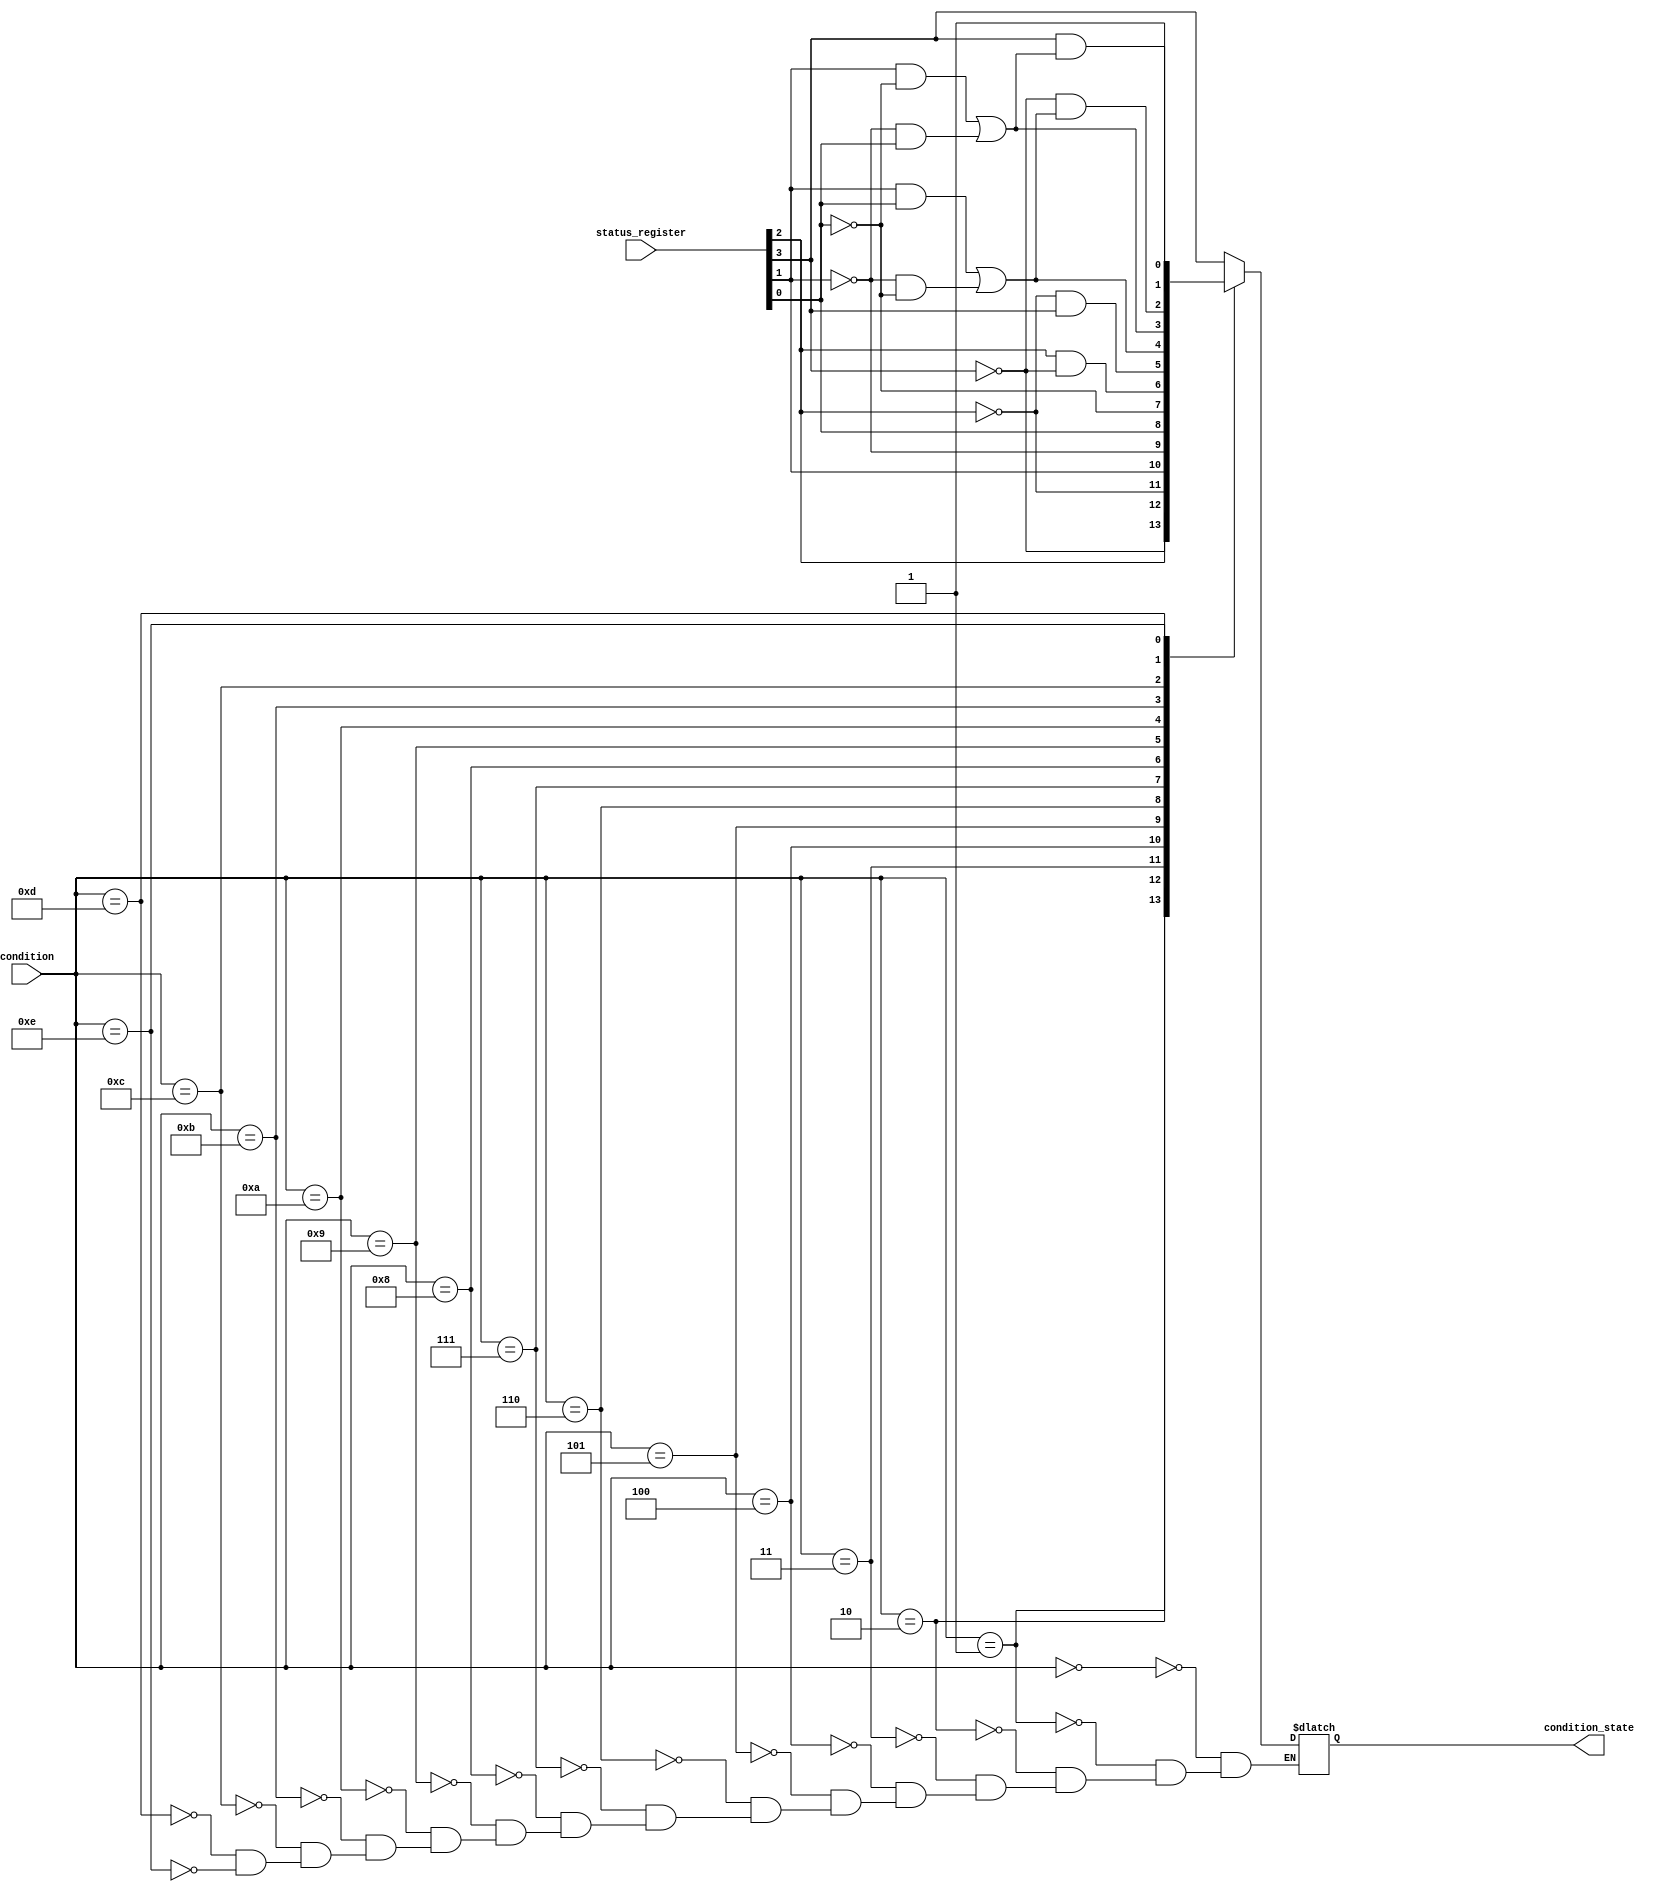
module Condition_Check
(
    input  [3:0] condition,
    input  [3:0] status_register,
    output reg   condition_state
);

  wire Z = status_register[3];
  wire C = status_register[2];
  wire N = status_register[1];
  wire V = status_register[0];

  parameter[3:0] EQ = 4'd0, NE = 4'd1, CS_HS = 4'd2, CC_LO = 4'd3, MI = 4'd4,
    PL = 4'd5, VS = 4'd6, VC = 4'd7, HI = 4'd8, LS = 4'd9, GE = 4'd10, LT = 4'd11,
    GT = 4'd12, LE = 4'd13, AL = 4'd14;

    always @*
      case(condition)
        EQ:    condition_state = Z;
        NE:    condition_state = ~Z;
        CS_HS: condition_state = C;
        CC_LO: condition_state = ~C;
        MI:    condition_state = N;
        PL:    condition_state = ~N;
        VS:    condition_state = V;
        VC:    condition_state = ~V;
        HI:    condition_state = C & ~Z;
        LS:    condition_state = ~C & Z;
        GE:    condition_state = (N & V) | (~N & ~V);
        LT:    condition_state = (N & ~V) | (~N & V);
        GT:    condition_state = ~Z & ((N & V) | (~N & ~V));
        LE:    condition_state = Z & ((N & ~V) | (~N & V));
        AL:    condition_state = 1'b1;
      endcase

endmodule